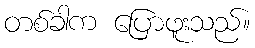
တစ်ခါက ပြောဖူးသည်။